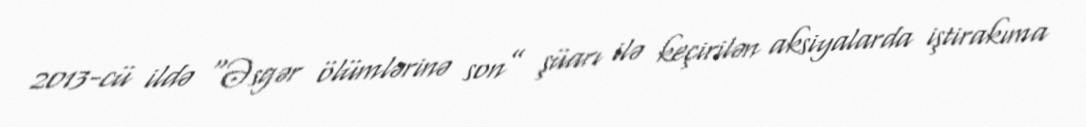
2013-cü ildə “Əsgər ölümlərinə son” şüarı ilə keçirilən aksiyalarda iştirakıma